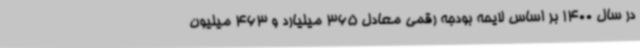
در سال 1400 بر اساس لایحه بودجه رقمی معادل 365 میلیارد و 463 میلیون